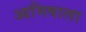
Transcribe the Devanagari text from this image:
आमिषाला